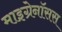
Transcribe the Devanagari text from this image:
माइग्रेनॉसस